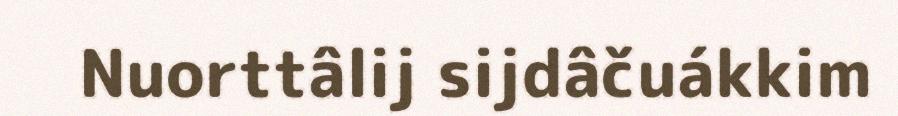
Nuorttâlij sijdâčuákkim